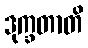
ဒုက္ခတာတိ